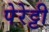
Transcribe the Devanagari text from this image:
पेरेट्टी